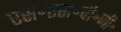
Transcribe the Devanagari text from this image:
एस॰एस॰पी॰जी॰